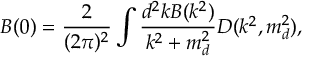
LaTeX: B ( 0 ) = \frac { 2 } { ( 2 \pi ) ^ { 2 } } \int \frac { d ^ { 2 } k B ( k ^ { 2 } ) } { k ^ { 2 } + m _ { d } ^ { 2 } } D ( k ^ { 2 } , m _ { d } ^ { 2 } ) ,